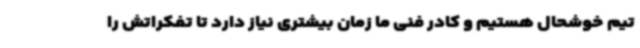
تیم خوشحال هستیم و کادر فنی ما زمان بیشتری نیاز دارد تا تفکراتش را